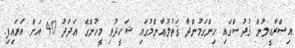
އިސްރާއީލުން ޤުދުސްގައި ހިންގަމުންދާ ޤަތުލުޢާންމުގައި ޝަހީދުވި މީހުންގެ ޢަދަދު 40 އަށް އަރައިފި.